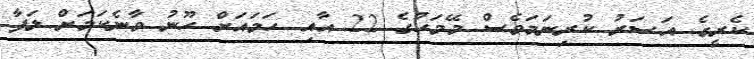
ކެރީގެ އަސަރު ކުރިނަމަވެސް މޭމަހުގެ 22 އާއި ހަމައަށް ހޫނު ވާނެކަމަށް ލަފާ